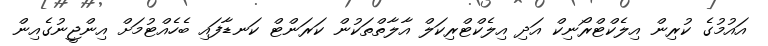
އައުމުގެ ކުރިން އިލެކްޓްރޯނިކް އަދި އިލެކްޓްރިކަލް އާލާތްތަކުން ކަރަންޓް ކަނޑާފައި ބެހެއްޓުމަށް އިންޖީނުގެއިން